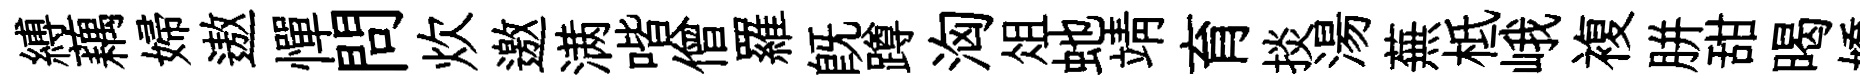
縛藕婦遨憚問炊邀满喈僧羅旣蹲洶俎虵靖育掞湯蕪柢峨複胼甜暍嬌